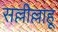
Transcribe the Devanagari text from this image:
सल्लील्लाहू